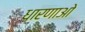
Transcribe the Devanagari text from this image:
धारणाओ